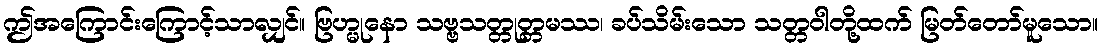
ဤအကြောင်းကြောင့်သာလျှင်။ ဗြဟ္မုနော သဗ္ဗသတ္တုတ္တမဿ၊ ခပ်သိမ်းသော သတ္တဝါတို့ထက် မြတ်တော်မူသော။